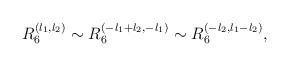
LaTeX: \begin{align*}R_6^{(l_1,l_2)} \sim R_6^{(-l_1+l_2,-l_1)}\sim R_6^{(-l_2,l_1-l_2)},\end{align*}